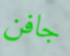
جافن